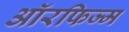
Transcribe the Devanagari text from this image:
ऑरफिज्म